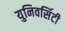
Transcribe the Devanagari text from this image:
युनिवर्सिटी